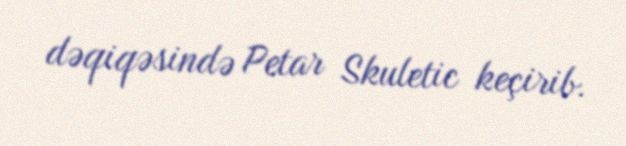
dəqiqəsində Petar Skuletic keçirib.